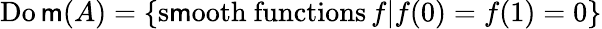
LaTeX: \operatorname{Do\mathsf{m}}(A)=\left\{ {\mathrm{{s\mathsf{m}ooth~functions}}}\, f|f(0)=f(1)=0\right\}